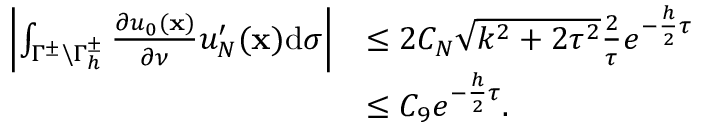
\begin{array} { r l } { \left| \int _ { { \Gamma ^ { \pm } } \backslash \Gamma _ { h } ^ { \pm } } { { \frac { \partial { u _ { 0 } } ( { \bf { x } } ) } { \partial \nu } } } { u _ { N } ^ { \prime } } ( { \bf { x } } ) \mathrm { { d } } \sigma \right| } & { \leq 2 C _ { N } \sqrt { k ^ { 2 } + 2 \tau ^ { 2 } } { \frac { 2 } { \tau } } { e ^ { - { \frac { h } { 2 } } \tau } } } \\ & { \leq C _ { 9 } { e ^ { - { \frac { h } { 2 } } \tau } } . } \end{array}